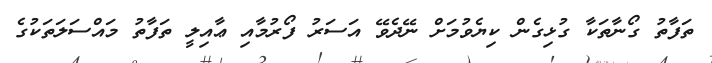
ތަފާތު ގޯނާތަކާ ގުޅިގެން ކިޔެވުމަށް ނޭދެވޭ އަސަރު ފޯރުމާއި ޢާއިލީ ތަފާތު މައްސަލަތަކުގެ